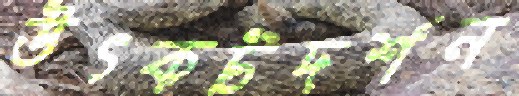
উৎকটদর্শন